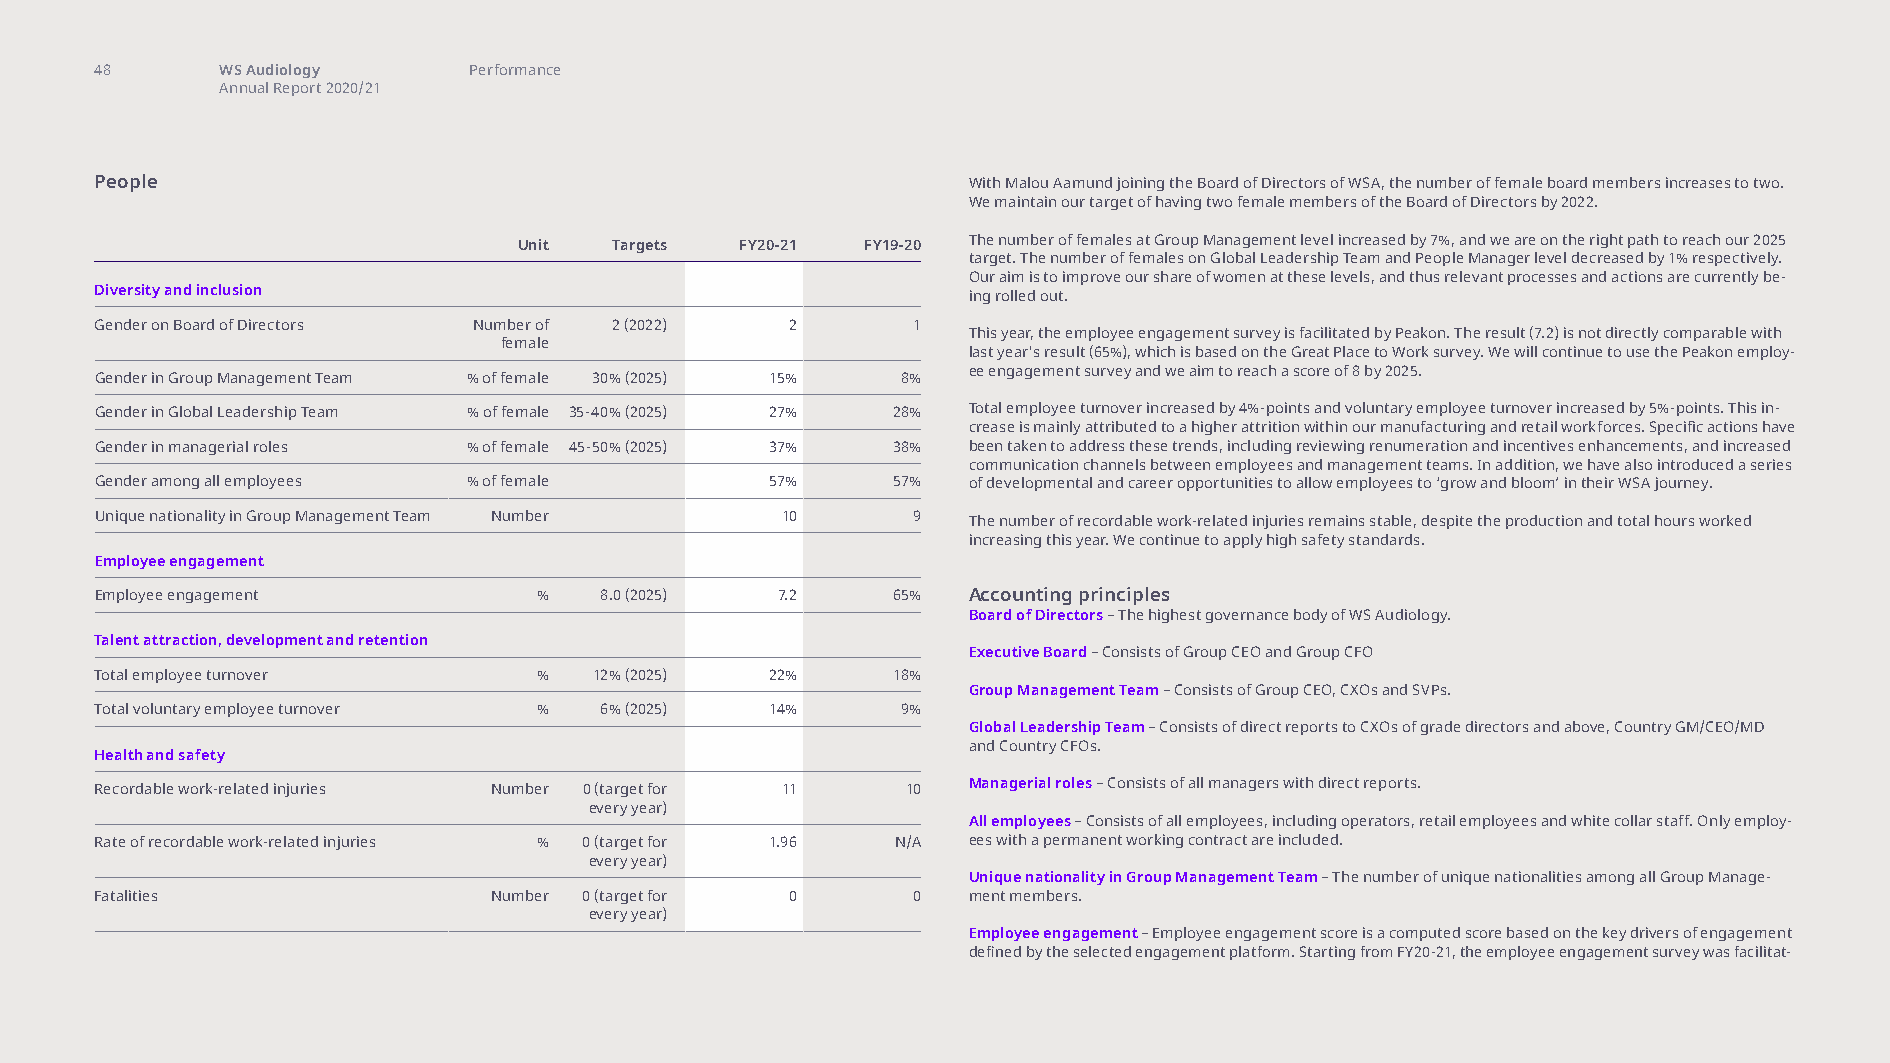
48       WS Audiology    Performance
 Annual Report 2020/21
 People                                                    With Malou Aamund joining the Board of Directors of WSA, the number of female board members increases to two.
 We maintain our target of having two female members of the Board of Directors by 2022.
 Unit   Targets FY20-21 FY19-20 The number of females at Group Management level increased by 7%, and we are on the right path to reach our 2025
 target. The number of females on Global Leadership Team and People Manager level decreased by 1% respectively.
 Our aim is to improve our share of women at these levels, and thus relevant processes and actions are currently be-
 Diversity and inclusion                                   ing rolled out.
 Gender on Board of Directors Number of 2 (2022) 2     1
 This year, the employee engagement survey is facilitated by Peakon. The result (7.2) is not directly comparable with
 female
 last year's result (65%), which is based on the Great Place to Work survey. We will continue to use the Peakon employ-
 ee engagement survey and we aim to reach a score of 8 by 2025.
 Gender in Group Management Team % of female 30% (2025) 15% 8%
 Gender in Global Leadership Team % of female 35-40% (2025) 27% 28% Total employee turnover increased by 4%-points and voluntary employee turnover increased by 5%-points. This in-
 crease is mainly attributed to a higher attrition within our manufacturing and retail workforces. Specific actions have
 Gender in managerial roles % of female 45-50% (2025) 37% 38% been taken to address these trends, including reviewing renumeration and incentives enhancements, and increased
 communication channels between employees and management teams. In addition, we have also introduced a series
 Gender among all employees % of female       57%     57%  of developmental and career opportunities to allow employees to ‘grow and bloom’ in their WSA journey.
 Unique nationality in Group Management Team Number 10 9   The number of recordable work-related injuries remains stable, despite the production and total hours worked
 increasing this year. We continue to apply high safety standards.
 Employee engagement
 Employee engagement           %   8.0 (2025) 7.2     65%  Accounting principles
 Board of Directors – The highest governance body of WS Audiology.
 Talent attraction, development and retention
 Executive Board – Consists of Group CEO and Group CFO
 Total employee turnover       %  12% (2025)  22%     18%
 Group Management Team – Consists of Group CEO, CXOs and SVPs.
 Total voluntary employee turnover % 6% (2025) 14%     9%
 Global Leadership Team – Consists of direct reports to CXOs of grade directors and above, Country GM/CEO/MD
 and Country CFOs.
 Health and safety
 Recordable work-related injuries Number 0 (target for 11 10 Managerial roles – Consists of all managers with direct reports.
 every year)
 All employees – Consists of all employees, including operators, retail employees and white collar staff. Only employ-
 Rate of recordable work-related injuries % 0 (target for 1.96 N/A ees with a permanent working contract are included.
 every year)
 Unique nationality in Group Management Team – The number of unique nationalities among all Group Manage-
 Fatalities                Number 0 (target for 0      0   ment members.
 every year)
 Employee engagement – Employee engagement score is a computed score based on the key drivers of engagement
 defined by the selected engagement platform. Starting from FY20-21, the employee engagement survey was facilitat-